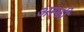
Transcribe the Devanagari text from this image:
अस्की